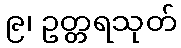
၉၊ ဥတ္တရသုတ်